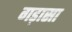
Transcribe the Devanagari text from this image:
गड़ासा